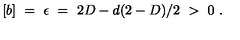
[ b ] \ = \ \epsilon \ = \ 2 D - d ( 2 - D ) / 2 \ > \ 0 \ .